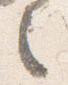
之